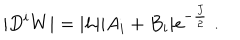
LaTeX: | D ^ { i } W | = | h | | A _ { i } + B _ { i } | e ^ { - \frac { J } { 2 } } \; .